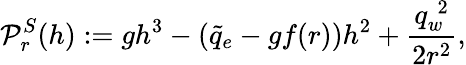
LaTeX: {\cal P}_{r}^{S}(h):=gh^{3}-(\tilde{q}_{e}-gf(r))h^{2}+\displaystyle\frac{q_{w}^{\; 2}}{2r^{2}},